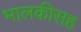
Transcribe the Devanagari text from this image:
भालकीसह